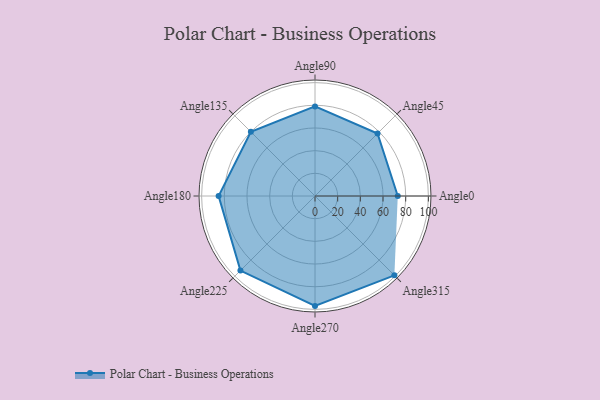
{"axis": {"x": "Angle", "y": "Radius"}, "legend": [""], "data": [{"x": "Angle0", "y": 73.0, "type": ""}, {"x": "Angle45", "y": 78.0, "type": ""}, {"x": "Angle90", "y": 79.0, "type": ""}, {"x": "Angle135", "y": 80.0, "type": ""}, {"x": "Angle180", "y": 85.0, "type": ""}, {"x": "Angle225", "y": 93.0, "type": ""}, {"x": "Angle270", "y": 97.0, "type": ""}, {"x": "Angle315", "y": 99.0, "type": ""}]}